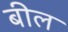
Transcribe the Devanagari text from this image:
बील॔